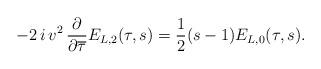
LaTeX: \begin{align*} -2 \, i\, v^2 \, \frac{\partial}{\partial \overline{\tau}} E_{L, 2}(\tau,s) = \frac12( s - 1) E_{L,0}(\tau,s).\end{align*}